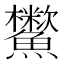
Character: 𩽑